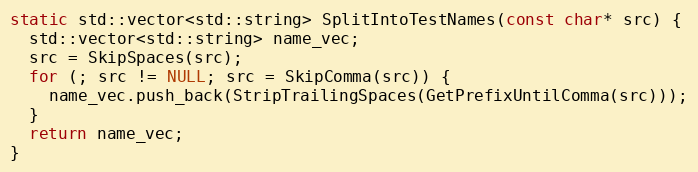
Language: C++
static std::vector<std::string> SplitIntoTestNames(const char* src) {
  std::vector<std::string> name_vec;
  src = SkipSpaces(src);
  for (; src != NULL; src = SkipComma(src)) {
    name_vec.push_back(StripTrailingSpaces(GetPrefixUntilComma(src)));
  }
  return name_vec;
}